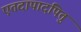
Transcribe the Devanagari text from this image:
एतदापादपितुं